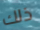
ذلك